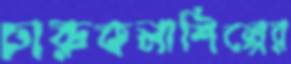
চারুকলাশিল্পের